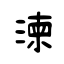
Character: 湅